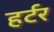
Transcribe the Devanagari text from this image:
हर्टर